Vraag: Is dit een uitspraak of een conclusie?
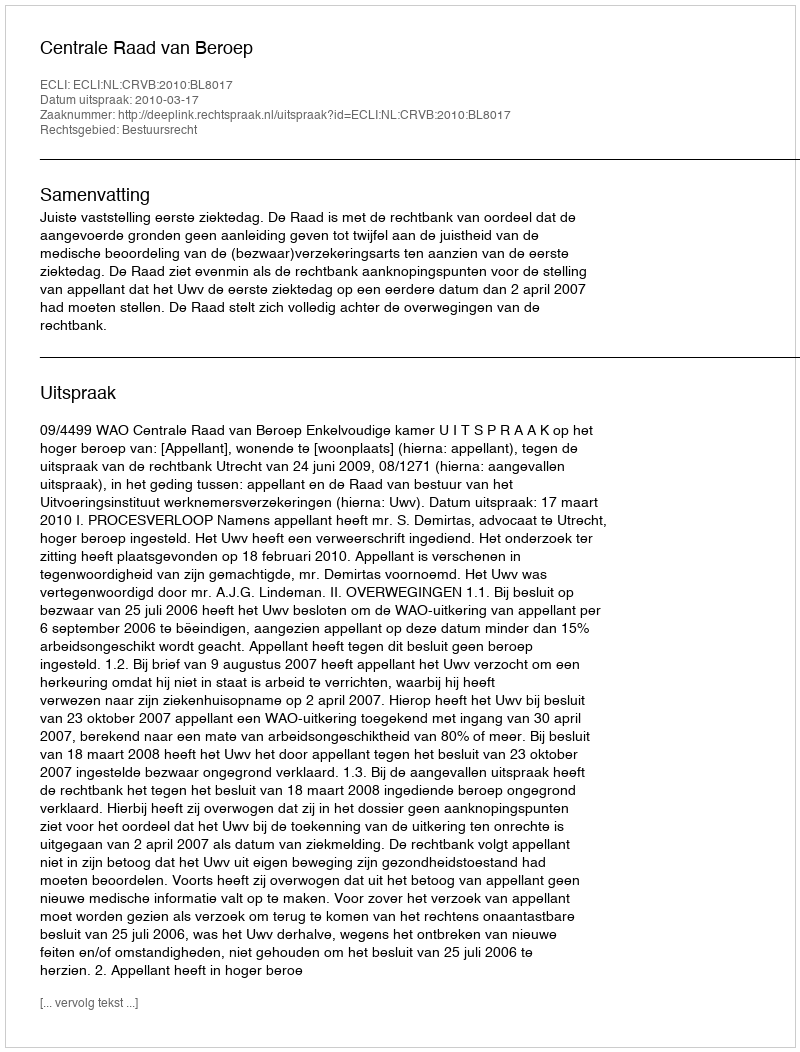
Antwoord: Uitspraak